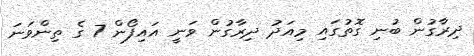
ދިރާގުން ބުނި ގޮތުގައި މިއަދު ދިރާގުން ވަނީ އައިފޯން 7 ގެ ތިންވަނަ